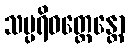
သမ္ပရိဝတ္တေန္တော